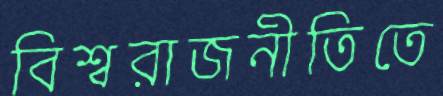
বিশ্বরাজনীতিতে